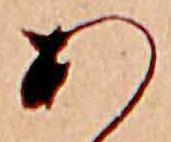
あ